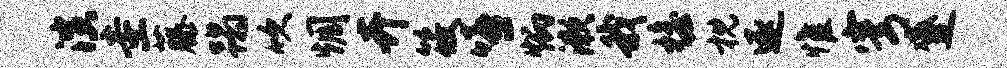
演圭藤蹋吹惆卉筱嘻炳漱我檐枕逐惟穹蹙